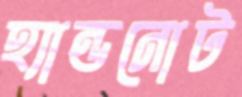
হ্যান্ডনোট